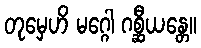
တုမှေဟိ မဂ္ဂေါ ဂစ္ဆီယန္တေ။